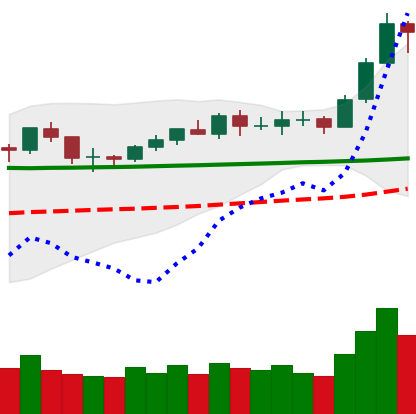
Ticker: BNB-USD
Chart end date: 2020-02-08
Forward return: 16.792%
Label: up_7plus